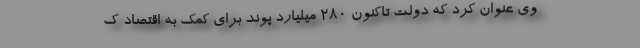
وی عنوان کرد که دولت تاکنون ۲۸۰ میلیارد پوند برای کمک به اقتصاد ک